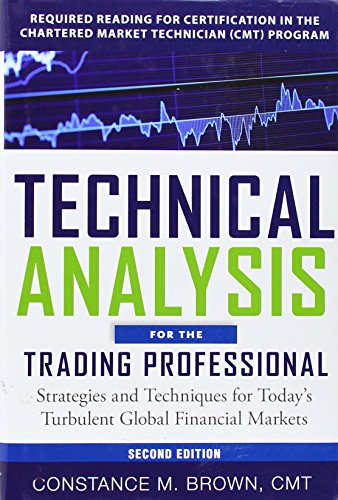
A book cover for Technical Analysis for the Trading Professional, Second Edition: Strategies and Techniques for Today's Turbulent Global Financial Markets; Constance Brown; Business & Money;